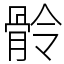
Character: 䯍